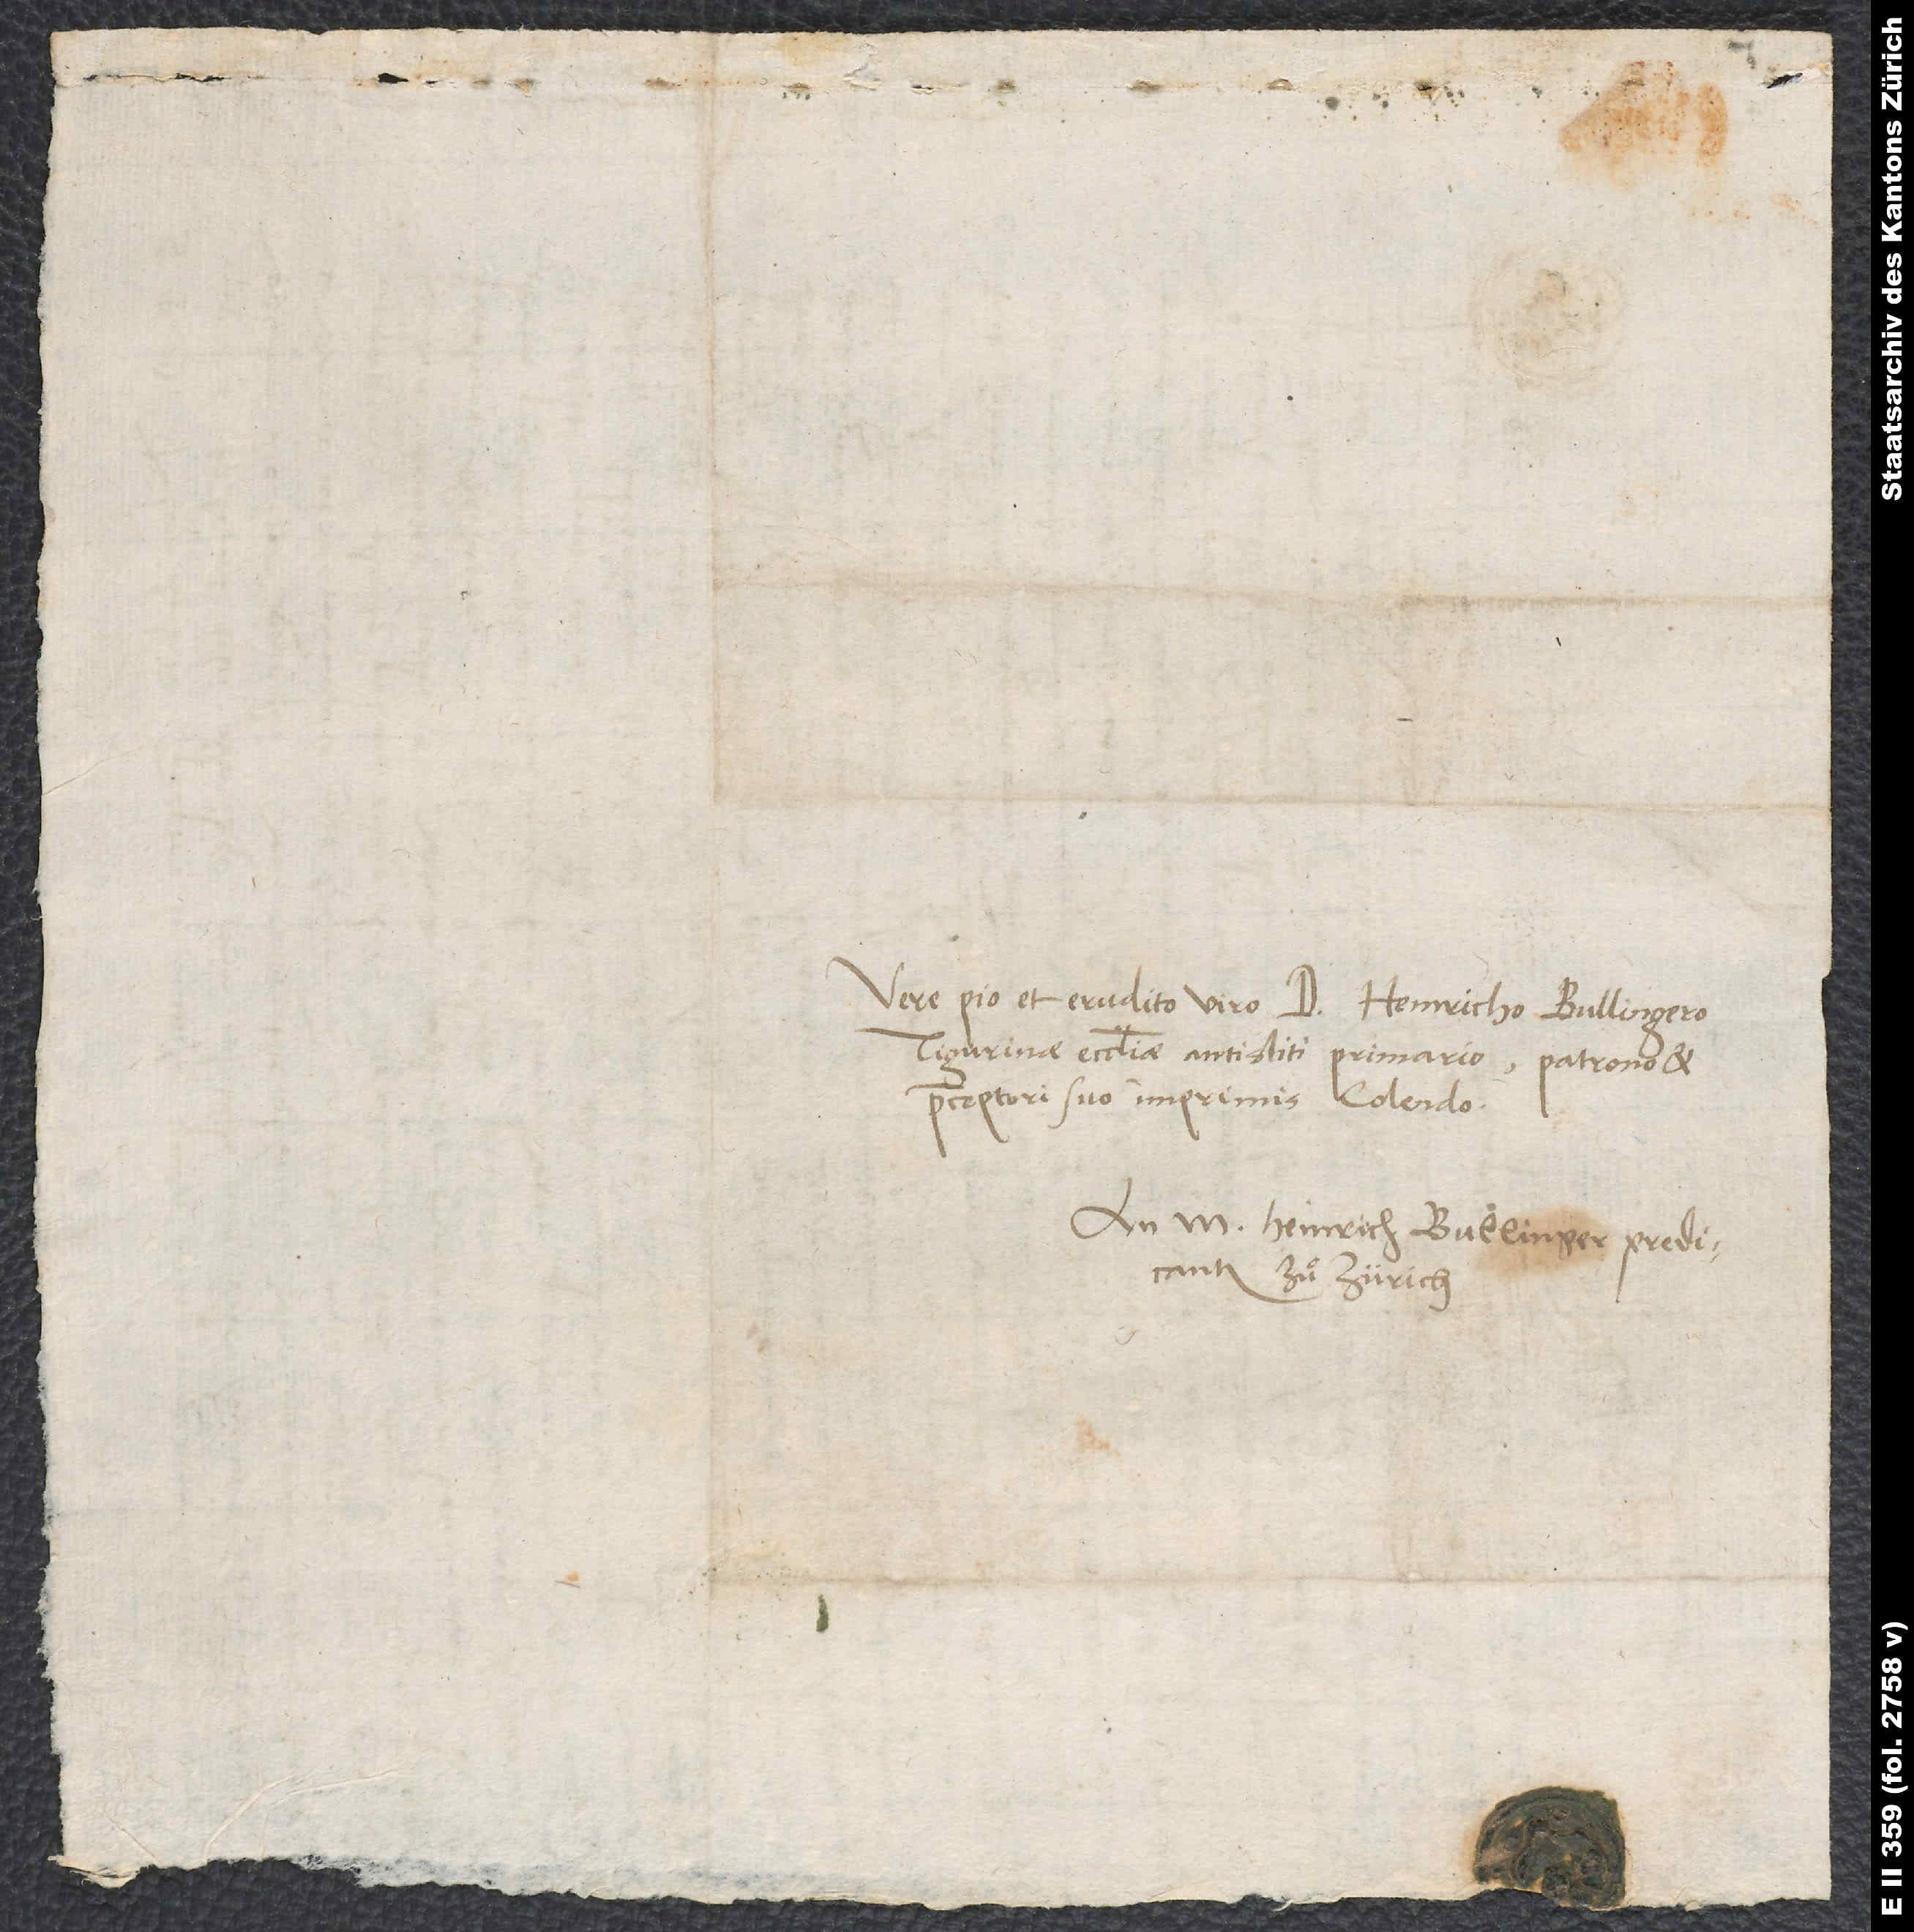
Vere pio et erudito viro d. Heinricho Bullingero,
Tigurinae ecclesiae antistiti primario, patrono et
praeceptori suo imprimis colendo.
An M. Heinrich Bullinger, predicanten
zuͦ Zürich.